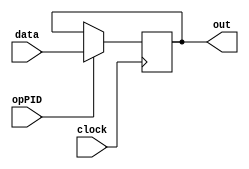
module PID(data, out, opPID, clock);

	input [31:0] data;
	input opPID;
	input clock;
	output [31:0] out;
	reg [31:0] mem_out;
	//saida
	always@(posedge clock)
	begin
		if(opPID==1)
			mem_out <= data;
	end
	
	assign out = mem_out;//saida que ser conectada ao conversor BCD
	
endmodule